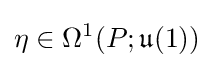
\eta \in \Omega ^{1}(P;{\mathfrak {u}}(1))